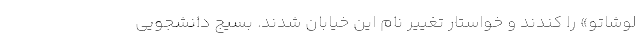
لو‌شاتو» را کندند و خواستار تغییر نام این خیابان شدند. بسیج دانشجویی